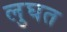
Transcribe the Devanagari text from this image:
लुघत